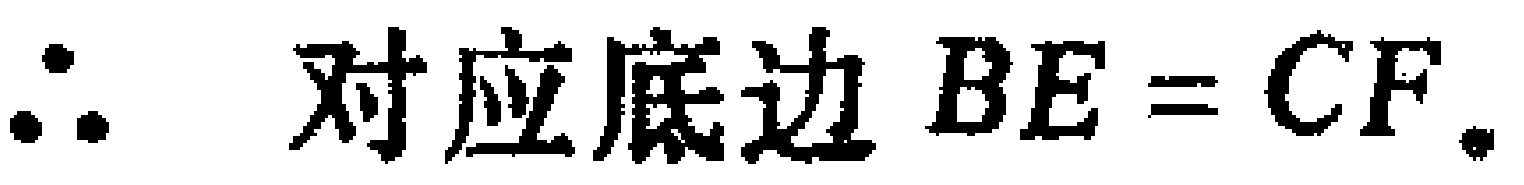
\(\therefore  \text{ 对应底边 } BE = CF.\)